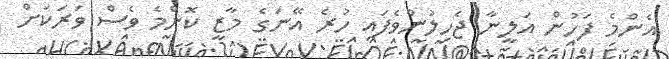
އެންމެ ފަހުން އަލީނާ ޖެހިލުންވެފައި ހުރެ އޭނަގެ މާޒީ ކޮންމެ ވެސް ވަރަކަށް